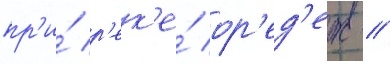
пр'и́ р'ек'е́ ор'ед'еж //